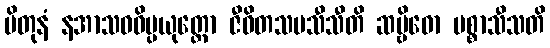
ပိတုနံ နအာသဝဝိပ္ပယုတ္တော ဇီဝိတသမသီသီတိ ဆဗ္ဗိဓော ပစ္စာသီသတိ